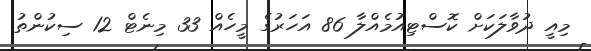
މިއީ ދުވާލަކަށް ކޮސްޓިއުމެއްލާ 86 އަހަރުގެ މީހެއް 33 މިނެޓް 12 ސިކުންތު